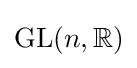
{\mathrm {G} \mathrm {L} }(n,\mathbb {R} )